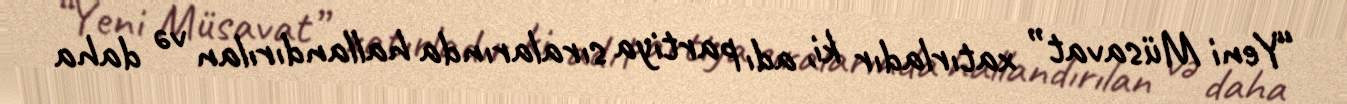
“Yeni Müsavat” xatırladır ki, adı partiya sıralarında hallandırılan və daha